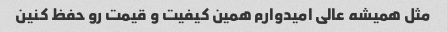
مثل همیشه عالی امیدوارم همین کیفیت و قیمت رو حفظ کنین